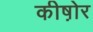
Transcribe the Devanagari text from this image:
कीष़ोर